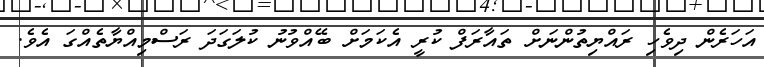
އަހަރެން ދިވެހި ރައްޔިތުންނަށް ތައާރަފް ކުރީ އެކަމަށް ބޭއްވުނު ކުލަގަދަ ރަސްމިއްޔާތެއްގަ އެވެ.